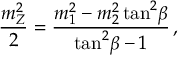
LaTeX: \frac { m _ { Z } ^ { 2 } } { 2 } = \frac { m _ { 1 } ^ { 2 } - m _ { 2 } ^ { 2 } \tan ^ { 2 } \! \beta } { \tan ^ { 2 } \! \beta - 1 } \, ,